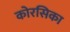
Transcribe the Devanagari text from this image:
कोरसिका